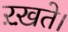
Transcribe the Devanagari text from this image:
ऱख़ते।